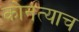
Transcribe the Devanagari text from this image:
कोनत्याच